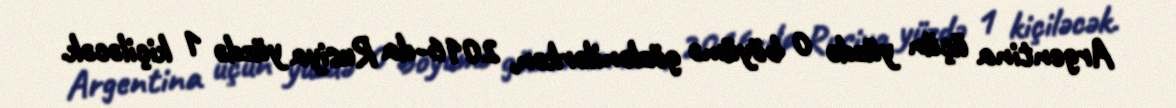
Argentina üçün yüzdə 0 böyümə gözlənilərkən, 2016-da Rusiya yüzdə 1 kiçiləcək.